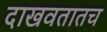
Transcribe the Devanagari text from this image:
दाखवतातच